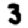
Digit: 3